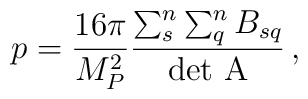
p=\frac{16\pi}{M_{P}^2}\frac{\sum_{s}^{n}\sum_{q}^{n} B_{sq}}{\rm det~A}\,,